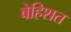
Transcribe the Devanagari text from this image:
बेहिशत